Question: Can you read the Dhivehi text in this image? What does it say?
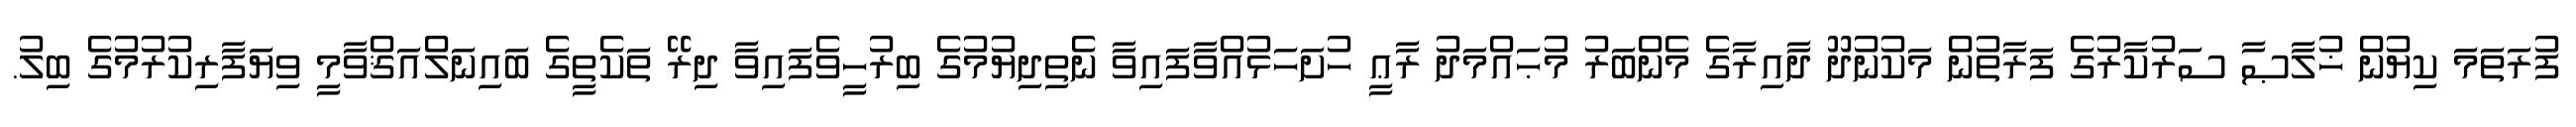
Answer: ފުރަތަމަ ކިޔުން ޚުލާޞާ ސަރުކާރުގެ ފަރާތުން މަކުނުދޫ ދާއިރާގެ މެންބަރު މުޙައްމަދު ރާޢީ ހުށަހަޅުއްވާފައިވާ ނެތިދިޔުމުގެ ބިރުހީވެފައިވާ ދިރޭ ތަކެތީގެ ބައިނަލްއަޤްވާމީ ވިޔަފާރިކުރުމުގެ ބިލު.